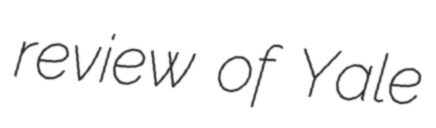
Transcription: review of Yale